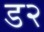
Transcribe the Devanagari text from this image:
ड२